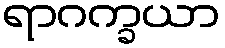
ရာဂက္ခယာ